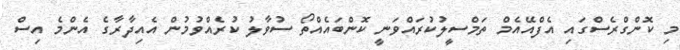
މި ކޮންގްރެސްގައި އެފްއޭއެމް ތަމްސީލުކުރައްވަނީ ކޮންބައެއްތޯ ސުވާލު ކުރެއްވުމުން އެއިދާރާގެ އެންމެ އިސް